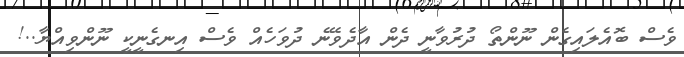
ވެސް ބޮއެލައިގެން ނޫންތޯ ދުރުވާނީ ދެން އާދެވޭނެ ދުވަހެއް ވެސް އިނގެނީކީ ނޫންވިއްޔާ..!